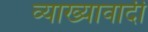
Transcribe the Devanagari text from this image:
व्याख्यावादी